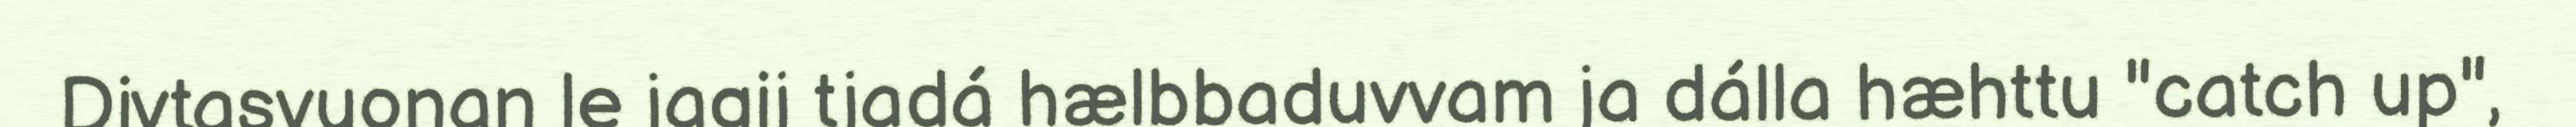
Divtasvuonan le jagij tjadá hælbbaduvvam ja dálla hæhttu "catch up",